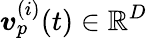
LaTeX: \boldsymbol{v}_{p}^{(i)}(t)\in\mathbb{R}^{D}